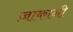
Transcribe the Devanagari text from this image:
ज़ाकानी